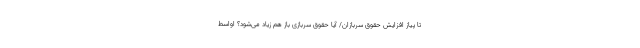
تا پیاز افزایش حقوق سربازان/ آیا حقوق سربازی باز هم زیاد می‌شود؟ اواسط